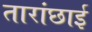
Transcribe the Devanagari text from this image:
तारांछाई